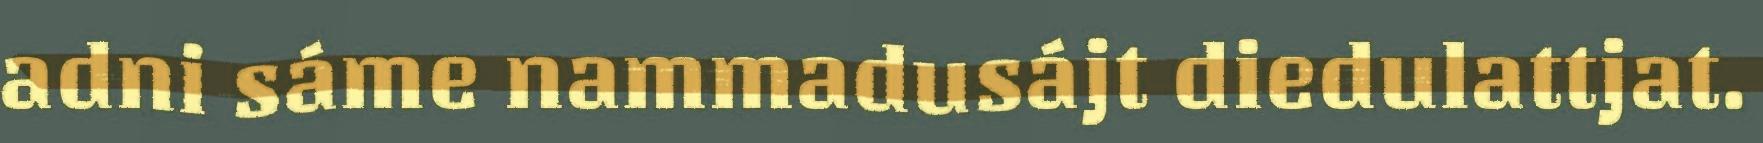
adni sáme nammadusájt diedulattjat.